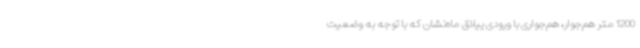
1200 متر هم‌جوار، هم‌جواری با ورودی ییلاق ماه‌نشان که با توجه به وضعیت